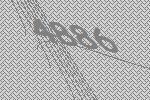
4886